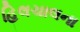
હિલચાલના